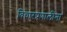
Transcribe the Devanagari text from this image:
विचारप्रणालींना